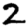
Digit: 2